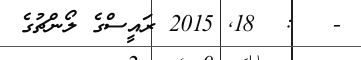
-   :  18